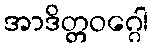
အာဒိတ္တဝဂ္ဂေါ